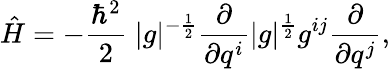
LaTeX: {\hat{H}}=-{\frac{\hbar^{2}}{2}}\; |g|^{-{\frac{1}{2}}}{\frac{\partial}{\partial q^{i}}}|g|^{\frac{1}{2}}g^{ij}{\frac{\partial}{\partial q^{j}}},